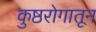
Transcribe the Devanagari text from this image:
कुष्ठरोगातून